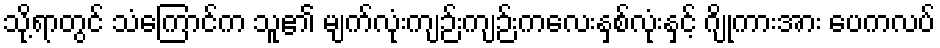
သို့ရာတွင် သံကြောင်က သူ၏ မျက်လုံးကျဉ်းကျဉ်းကလေးနှစ်လုံးနှင့် ဂျိုကားအား ပေကလပ်